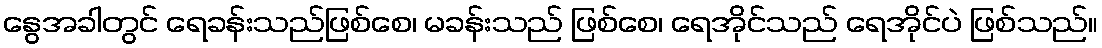
နွေအခါတွင် ရေခန်းသည်ဖြစ်စေ၊ မခန်းသည် ဖြစ်စေ၊ ရေအိုင်သည် ရေအိုင်ပဲ ဖြစ်သည်။